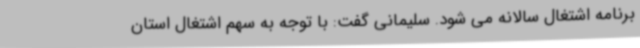
برنامه اشتغال سالانه می شود. سلیمانی گفت: با توجه به سهم اشتغال استان